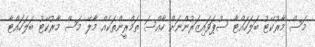
މަސް މާރުކޭޓު ބަލަހައްޓާ ސުޕަވައިޒަރުންނަށް ހާއްސަ ތަމްރީންތަކެއް މާލޭ މަސް މާރުކޭޓު ބަލަހައްޓާ